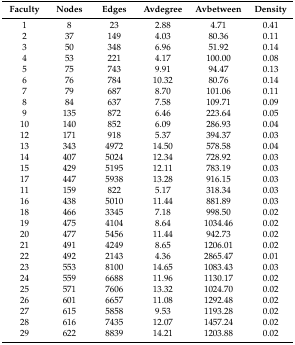
<table><thead><tr><td><b>Faculty</b></td><td><b>Nodes</b></td><td><b>Edges</b></td><td><b>Avdegree</b></td><td><b>Avbetween</b></td><td><b>Density</b></td></tr></thead><tbody><tr><td>1</td><td>8</td><td>23</td><td>2.88</td><td>4.71</td><td>0.41</td></tr><tr><td>2</td><td>37</td><td>149</td><td>4.03</td><td>80.36</td><td>0.11</td></tr><tr><td>3</td><td>50</td><td>348</td><td>6.96</td><td>51.92</td><td>0.14</td></tr><tr><td>4</td><td>53</td><td>221</td><td>4.17</td><td>100.00</td><td>0.08</td></tr><tr><td>5</td><td>75</td><td>743</td><td>9.91</td><td>94.47</td><td>0.13</td></tr><tr><td>6</td><td>76</td><td>784</td><td>10.32</td><td>80.76</td><td>0.14</td></tr><tr><td>7</td><td>79</td><td>687</td><td>8.70</td><td>101.06</td><td>0.11</td></tr><tr><td>8</td><td>84</td><td>637</td><td>7.58</td><td>109.71</td><td>0.09</td></tr><tr><td>9</td><td>135</td><td>872</td><td>6.46</td><td>223.64</td><td>0.05</td></tr><tr><td>10</td><td>140</td><td>852</td><td>6.09</td><td>286.93</td><td>0.04</td></tr><tr><td>12</td><td>171</td><td>918</td><td>5.37</td><td>394.37</td><td>0.03</td></tr><tr><td>13</td><td>343</td><td>4972</td><td>14.50</td><td>578.58</td><td>0.04</td></tr><tr><td>14</td><td>407</td><td>5024</td><td>12.34</td><td>728.92</td><td>0.03</td></tr><tr><td>15</td><td>429</td><td>5195</td><td>12.11</td><td>783.19</td><td>0.03</td></tr><tr><td>17</td><td>447</td><td>5938</td><td>13.28</td><td>916.15</td><td>0.03</td></tr><tr><td>11</td><td>159</td><td>822</td><td>5.17</td><td>318.34</td><td>0.03</td></tr><tr><td>16</td><td>438</td><td>5010</td><td>11.44</td><td>881.89</td><td>0.03</td></tr><tr><td>18</td><td>466</td><td>3345</td><td>7.18</td><td>998.50</td><td>0.02</td></tr><tr><td>19</td><td>475</td><td>4104</td><td>8.64</td><td>1034.46</td><td>0.02</td></tr><tr><td>20</td><td>477</td><td>5456</td><td>11.44</td><td>942.73</td><td>0.02</td></tr><tr><td>21</td><td>491</td><td>4249</td><td>8.65</td><td>1206.01</td><td>0.02</td></tr><tr><td>22</td><td>492</td><td>2143</td><td>4.36</td><td>2865.47</td><td>0.01</td></tr><tr><td>23</td><td>553</td><td>8100</td><td>14.65</td><td>1083.43</td><td>0.03</td></tr><tr><td>24</td><td>559</td><td>6688</td><td>11.96</td><td>1130.17</td><td>0.02</td></tr><tr><td>25</td><td>571</td><td>7606</td><td>13.32</td><td>1024.70</td><td>0.02</td></tr><tr><td>26</td><td>601</td><td>6657</td><td>11.08</td><td>1292.48</td><td>0.02</td></tr><tr><td>27</td><td>615</td><td>5858</td><td>9.53</td><td>1193.28</td><td>0.02</td></tr><tr><td>28</td><td>616</td><td>7435</td><td>12.07</td><td>1457.24</td><td>0.02</td></tr><tr><td>29</td><td>622</td><td>8839</td><td>14.21</td><td>1203.88</td><td>0.02</td></tr></tbody></table>